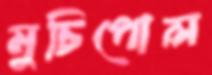
মুচিপোল